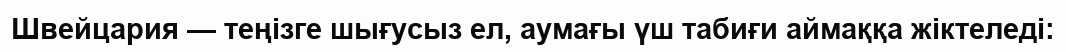
Швейцария — теңiзге шығусыз ел, аумағы үш табиғи аймаққа жiктеледі: